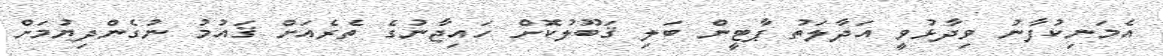
އެމަނިކުފާނު ވިދާޅުވީ އަދާލަތު ޕާޓީން ބަލި ޤަބޫލުކޮށް ހައިޖާނުގެ ތެރެއަށް ޤައުމު ނުގެންދިޔުމަށް